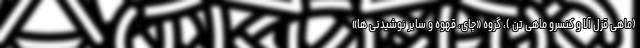
(ماهی قزل آلا و کنسرو ماهی تن )، گروه «چای، قهوه و سایر نوشیدنی ها»